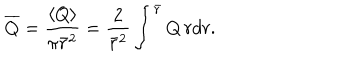
LaTeX: \overline { { Q } } = { \frac { \langle Q \rangle } { \pi \bar { r } ^ { 2 } } } = { \frac { 2 } { \bar { r } ^ { 2 } } } \int ^ { \bar { r } } Q \, r d r .